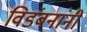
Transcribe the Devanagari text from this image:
विडंबनांनी